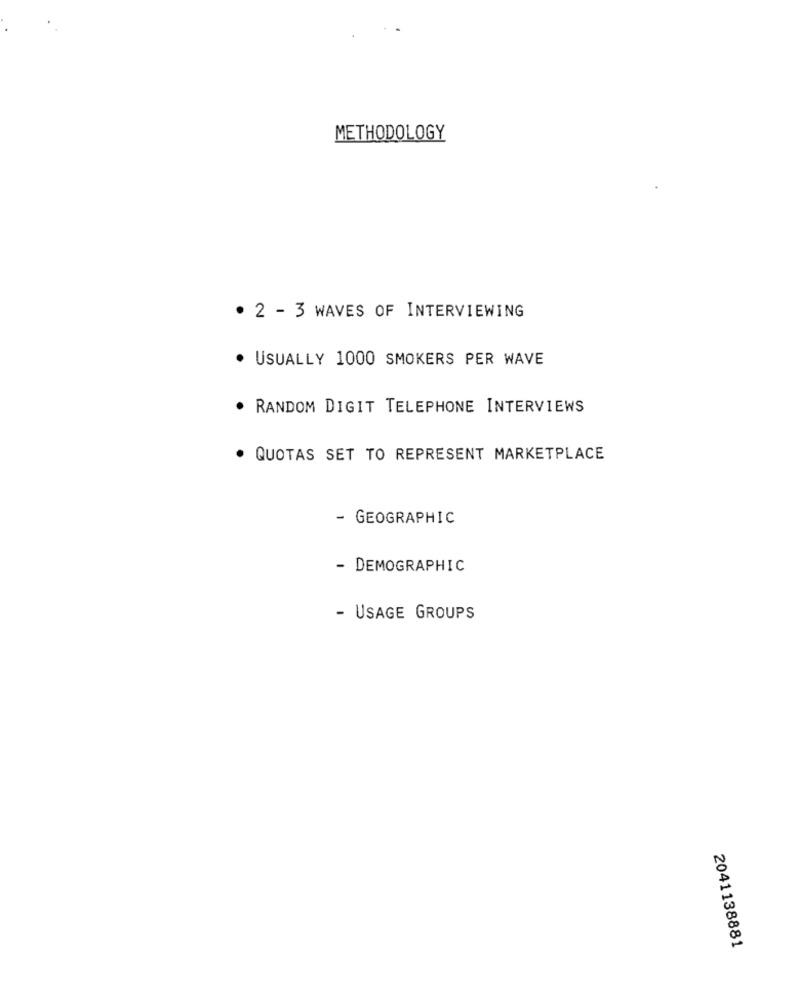
METHODOLOGY
· 2 - 3 WAVES OF INTERVIEWING
· USUALLY 1000 SMOKERS PER WAVE
. RANDOM DIGIT TELEPHONE INTERVIEWS
. QUOTAS SET TO REPRESENT MARKETPLACE
- GEOGRAPHIC
- DEMOGRAPHIC
- USAGE GROUPS
2041138881